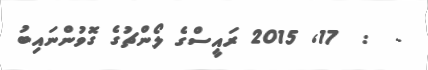
-  :  17